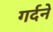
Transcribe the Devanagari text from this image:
गर्दने